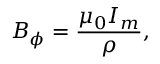
B _ { \phi } = \frac { \mu _ { 0 } I _ { m } } { \rho } ,